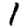
Digit: 1